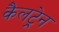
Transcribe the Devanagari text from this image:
कैलट्रेन